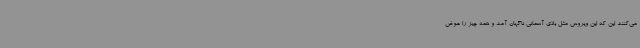
می‌کنند این که این ویروس مثل بلای آسمانی ناگهان آمد و همه چیز را عوض